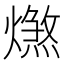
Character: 𤐑